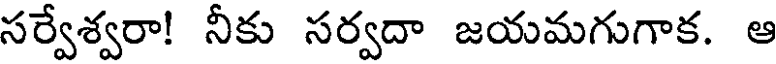
సర్వేశ్వరా! నీకు సర్వదా జయమగుగాక. ఆ